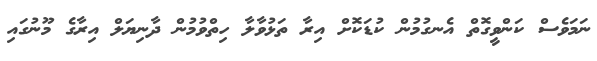
ނަމަވެސް ކަންވީގޮތް އެނގުމުން ކުޑަކޮށް އިރާ ތަޅުވާލާ ހިތްވުމުން ދާނިޔަލް އިރާގެ މޫނުގައި